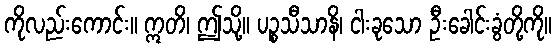
ကိုလည်းကောင်း။ ဣတိ၊ ဤသို့။ ပဉ္စသီသာနိ၊ ငါးခုသော ဦးခေါင်းခွံတို့ကို။